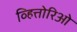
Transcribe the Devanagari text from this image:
व्हित्तोरिओ